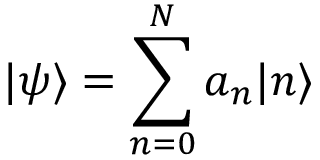
| \psi \rangle = \sum _ { n = 0 } ^ { N } a _ { n } | n \rangle